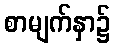
စာမျက်နှာ၌